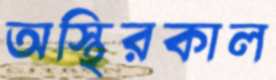
অস্থিরকাল